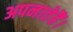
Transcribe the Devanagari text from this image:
अपनातेहैं।